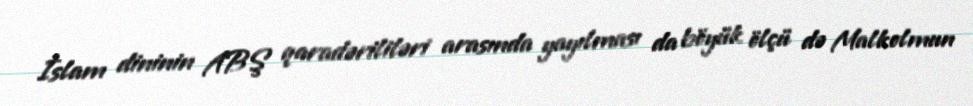
İslam dininin ABŞ qaradərililəri arasında yayılması da böyük ölçü də Malkolmun